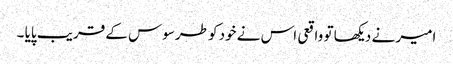
امیر نے دیکھا تو واقعی اس نے خود کو طرسوس کے قریب پایا ۔